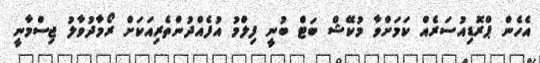
އެހެން ޕްރޮޑިއުސަރެއް ކަމަށްވާ މުކޭޝް ބަޓް ބުނީ ފިލްމު އުފެއްދުންތެރިއަކަށް ރޯމާދުވާލު ޖިސްމާނީ